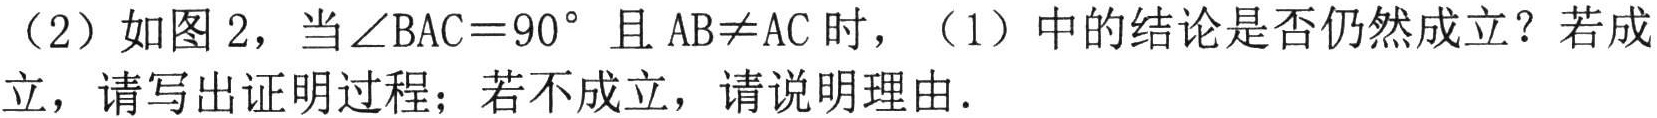
（2）如图 2，当\(\angle BAC = 90^{\circ}\)且\(AB\neq AC\)时，（1）中的结论是否仍然成立？若成立，请写出证明过程；若不成立，请说明理由．